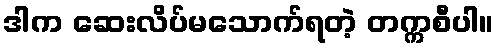
ဒါက ဆေးလိပ်မသောက်ရတဲ့ တက္ကစီပါ။